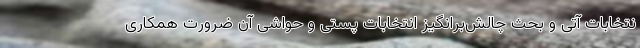
نتخابات آتی و بحث چالش‌برانگیز انتخابات پُستی و حواشی آن ضرورت همکاری